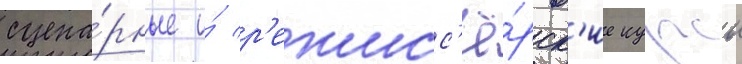
сцена́рные и́ р'ежисс'ё́рск'ие курсы